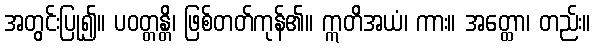
အတွင်းပြု၍။ ပဝတ္တန္တိ၊ ဖြစ်တတ်ကုန်၏။ ဣတိအယံ၊ ကား။ အတ္ထော၊ တည်း။